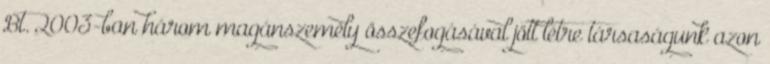
Bt. 2003-ban három magánszemély összefogásával jött létre társaságunk azon